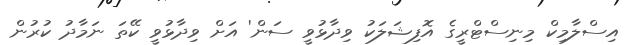
އިސްލާމިކް މިނިސްޓްރީގެ އޮފިޝަލަކު ވިދާޅުވީ ސަން' އަށް ވިދާޅުވީ ކޭތަ ނަމާދު ކުރުން